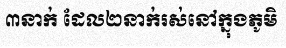
៣នាក់ ដែល២នាក់រស់នៅក្នុងភូមិ